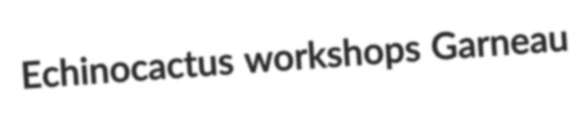
Echinocactus workshops Garneau